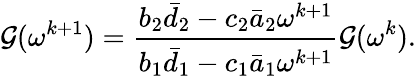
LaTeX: \mathcal{G}(\omega^{k+1})=\frac{{b_{2}\bar{{d}}_{2}-c_{2}\bar{{a}}_{2}\omega^{k+1}}}{{b_{1}\bar{{d}}_{1}-c_{1}\bar{{a}}_{1}\omega^{k+1}}}\mathcal{G}(\omega^{k}).